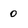
Character: 0